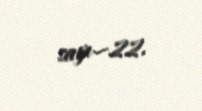
sayı—22.